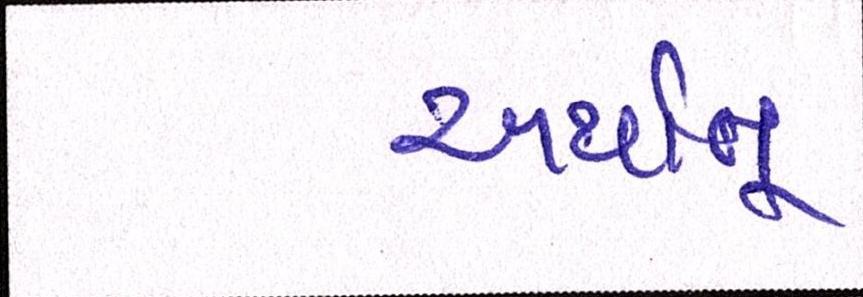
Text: અર્થાત્